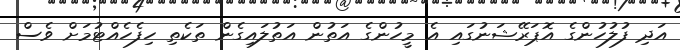
އަދި ފުލުހުންގެ އޮޕަރޭޝަނުގައި އެ މީހުންގެ އަތުން އަތުލައިގެން ތަކެތި ހިފެހެއްޓުމަށް ވެސް